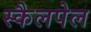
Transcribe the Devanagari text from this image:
स्कैलपेल